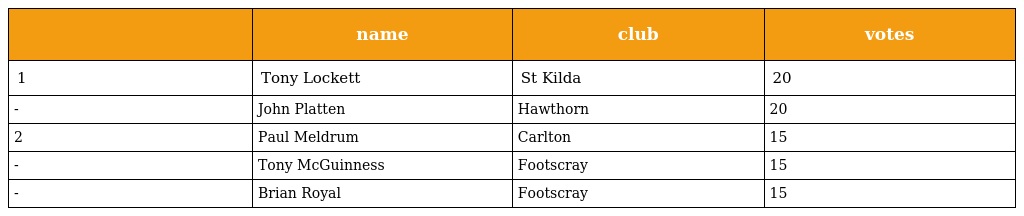
|  | name | club | votes |
 | --- | --- | --- | --- |
 | 1 | Tony Lockett | St Kilda | 20 |
 | - | John Platten | Hawthorn | 20 |
 | 2 | Paul Meldrum | Carlton | 15 |
 | - | Tony McGuinness | Footscray | 15 |
 | - | Brian Royal | Footscray | 15 |